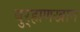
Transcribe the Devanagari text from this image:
बुर्‍हाणखान